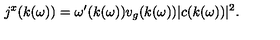
j ^ { x } ( k ( \omega ) ) = \omega ^ { \prime } ( k ( \omega ) ) v _ { g } ( k ( \omega ) ) | c ( k ( \omega ) ) | ^ { 2 } .